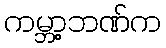
ကမ္ဘာ့ဘဏ်က